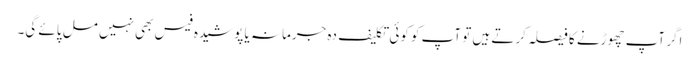
اگر آپ چھوڑنے کا فیصلہ کرتے ہیں تو آپ کو کوئی تکلیف دہ جرمانہ یا پوشیدہ فیس بھی نہیں مل پائے گی۔